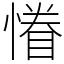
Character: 慻